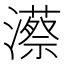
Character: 𤁱